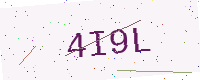
Text: 4I9L